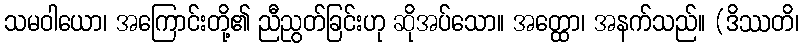
သမဝါယော၊ အကြောင်းတို့၏ ညီညွတ်ခြင်းဟု ဆိုအပ်သော။ အတ္ထော၊ အနက်သည်။ (ဒိဿတိ၊